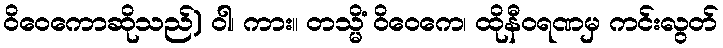
ဝိဝေကောဆိုသည်) ဝါ၊ ကား။ တသ္မိံ ဝိဝေကေ၊ ထိုနီဝရဏမှ ကင်းလွတ်